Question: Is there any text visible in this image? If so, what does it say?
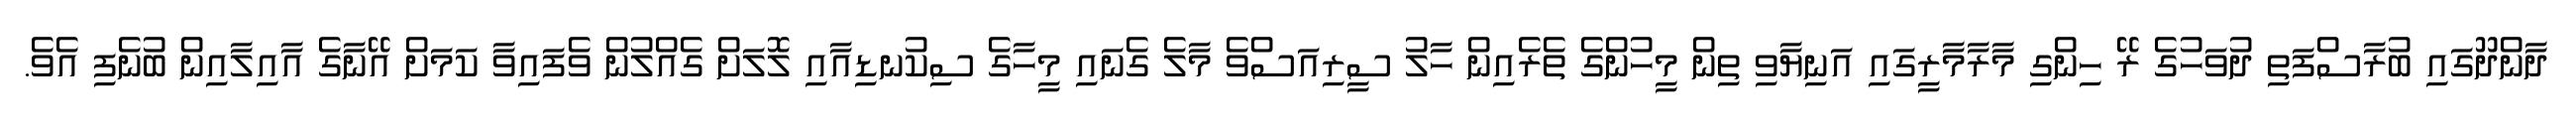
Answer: ދާންދޫގައި ބުރާސްފަތި ދުވަހުގެ ރޭ ހިންގި މާރާމާރީގައި އަނިޔާވި ތިން މީހުންގެ ތެރެއިން ހާލު ސީރިއަސްވެ މާލެ ގެނައި މީހާގެ ސިކުނޑިއާއި ލޮލަށް ގެއްލުން ވެފައިވާ ކަމަށް އޭނާގެ އާއިލާއިން ބުނެފި އެވެ.